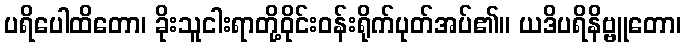
ပရိပေါထိတော၊ ခိုးသူငါးရာတို့ဝိုင်းဝန်းရိုက်ပုတ်အပ်၏။ ယဒိပရိနိဗ္ဗူတော၊